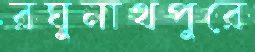
রঘুনাথপুরে